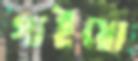
গাইয়ো